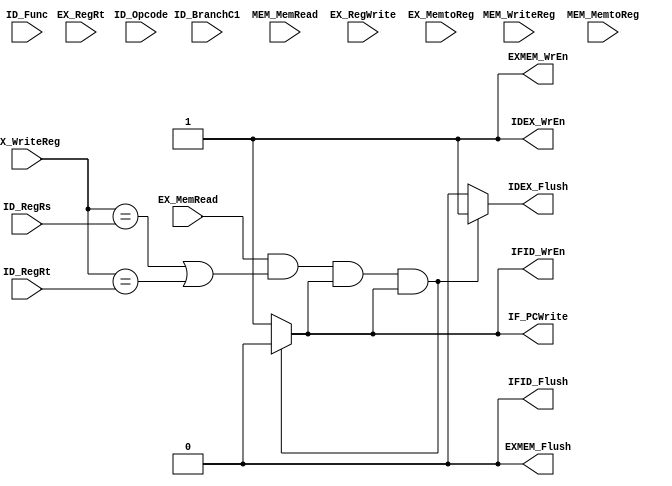
`timescale 1ns / 1ps

////////////////////////////////////////////////////////////////////////////////
// ECE369 - Computer Architecture
// 
// Module - Hazard Detection Unit.v
// Description - Hazard Detection Unit for Pipeline.
//
// INPUTS:-
//
// OUTPUTS:-
//
// FUNCTIONALITY:-
////////////////////////////////////////////////////////////////////////////////

module HazardDetection(ID_BranchC1, ID_Opcode, ID_Func, ID_RegRs, ID_RegRt,
             EX_RegRt, MEM_WriteReg, EX_MemRead, MEM_MemRead, IFID_WrEn,
             IF_PCWrite, IFID_Flush, IDEX_WrEn, IDEX_Flush,
             EX_RegWrite, EX_WriteReg, EXMEM_WrEn, EXMEM_Flush,
             EX_MemtoReg, MEM_MemtoReg);

    input ID_BranchC1, EX_MemRead, MEM_MemRead, EX_RegWrite;
    input EX_MemtoReg, MEM_MemtoReg;
    input [4:0] ID_RegRs, ID_RegRt, EX_RegRt, EX_WriteReg, MEM_WriteReg;
    input [5:0] ID_Opcode, ID_Func;
    
    output IFID_WrEn, IF_PCWrite, IFID_Flush, IDEX_WrEn, IDEX_Flush;
    output EXMEM_WrEn, EXMEM_Flush; // Not used
    
    reg IFID_WrEn_Temp, IF_PCWrite_Temp, IFID_Flush_Temp, IDEX_WrEn_Temp, IDEX_Flush_Temp;
    reg EXMEM_WrEn_Temp, EXMEM_Flush_Temp;
    
    initial begin
        IFID_WrEn_Temp = 1'b1; //Initializations
        IF_PCWrite_Temp = 1'b1;
        IFID_Flush_Temp = 1'b0;
        IDEX_WrEn_Temp = 1'b1;
        IDEX_Flush_Temp = 1'b0;
        EXMEM_WrEn_Temp = 1'b1;
        EXMEM_Flush_Temp = 1'b0;
    end
	
	always @(ID_BranchC1, EX_MemRead, MEM_MemRead, EX_WriteReg, ID_RegRs,
           ID_RegRt, EX_RegRt, EX_RegWrite, MEM_WriteReg, 
           ID_Opcode, ID_Func) begin
	
		if (( EX_MemRead == 1 ) && (( EX_WriteReg == ID_RegRs ) || ( EX_WriteReg == ID_RegRt )) && ( IF_PCWrite_Temp == 1'b1 ) && ( IFID_WrEn_Temp == 1'b1 )) begin
			IFID_WrEn_Temp = 1'b0;
			IF_PCWrite_Temp = 1'b0;
			IFID_Flush_Temp = 1'b0;
            IDEX_WrEn_Temp = 1'b1;
            IDEX_Flush_Temp = 1'b1;
            EXMEM_WrEn_Temp = 1'b1;
            EXMEM_Flush_Temp = 1'b0;
		end
        
        // lw followed by branch?
//        else if (( MEM_MemRead == 1 ) && (( MEM_WriteReg == ID_RegRt) || ( MEM_WriteReg == ID_RegRs)) && ( ID_BranchC1 == 1'b1 )&& ( IF_PCWrite_Temp == 1'b1 ) && ( IFID_WrEn_Temp == 1'b1 ))
//        begin
//            IF_PCWrite_Temp = 1'b0;
//            IFID_WrEn_Temp = 1'b0;
//            IFID_Flush_Temp = 1'b0;
//            IDEX_WrEn_Temp = 1'b0;
//            IDEX_Flush_Temp = 1'b1; 
//            EXMEM_WrEn_Temp = 1'b1;
//            EXMEM_Flush_Temp = 1'b0;
//		end
		  
//        else if ((ID_BranchC1 && EX_RegWrite &&
//         (EX_WriteReg == ID_RegRs || EX_WriteReg == ID_RegRt)) ||
//          (ID_BranchC1 && MEM_MemtoReg && (MEM_WriteReg == ID_RegRs ||
//           MEM_WriteReg == ID_RegRt)) && ( IF_PCWrite_Temp == 1'b1 ) && ( IFID_WrEn_Temp == 1'b1 ))
//        // lw followed by branch?
//       begin
//            IF_PCWrite_Temp = 1'b0;
//            IFID_WrEn_Temp = 1'b0;
//            IFID_Flush_Temp = 1'b0;
//            IDEX_WrEn_Temp = 1'b0;
//            IDEX_Flush_Temp = 1'b0; 
//            EXMEM_WrEn_Temp = 1'b1;
//            EXMEM_Flush_Temp = 1'b1;
//		end
		//Read after write
//		else if ((MEM_MemRead == 1) && (( MEM_WriteReg == ID_RegRt) ||
//		 ( MEM_WriteReg == ID_RegRs)) && ( IF_PCWrite_Temp == 1'b1 )
//		  && ( IFID_WrEn_Temp == 1'b1 ))
//		begin
//            IF_PCWrite_Temp = 1'b0;
//            IFID_WrEn_Temp = 1'b0;
//            IFID_Flush_Temp = 1'b0;
//            IDEX_WrEn_Temp = 1'b0;
//            IDEX_Flush_Temp = 1'b1; 
//            EXMEM_WrEn_Temp = 1'b1;
//            EXMEM_Flush_Temp = 1'b0;
//		end
		
		else begin
			IFID_WrEn_Temp = 1'b1;
			IF_PCWrite_Temp = 1'b1;
			IFID_Flush_Temp = 1'b0;
            IDEX_WrEn_Temp = 1'b1;
            IDEX_Flush_Temp = 1'b0;
            EXMEM_WrEn_Temp = 1'b1;
            EXMEM_Flush_Temp = 1'b0;
		end
	end
    
    assign IFID_WrEn = IFID_WrEn_Temp;
    assign IF_PCWrite = IF_PCWrite_Temp;
    assign IFID_Flush = IFID_Flush_Temp ;
    assign IDEX_WrEn = IDEX_WrEn_Temp ;
    assign IDEX_Flush = IDEX_Flush_Temp;
    assign EXMEM_WrEn = EXMEM_WrEn_Temp;
    assign EXMEM_Flush = EXMEM_Flush_Temp;
endmodule